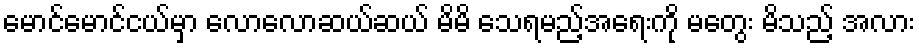
မောင်မောင်ငယ်မှာ လောလောဆယ်ဆယ် မိမိ သေရမည့်အရေးကို မတွေး မိသည့် အလား